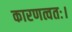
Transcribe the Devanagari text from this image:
कारणत्वतः।